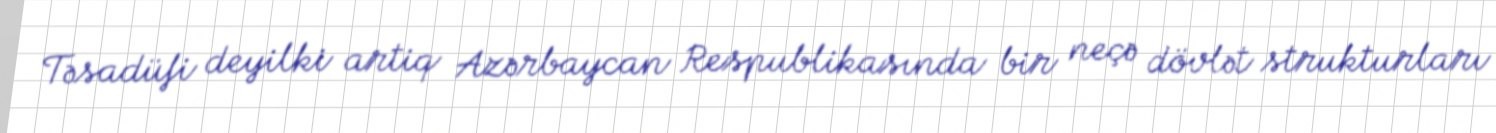
Təsadüfi deyilki artiq Azərbaycan Respublikasında bir neçə dövlət strukturları